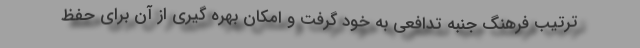
ترتیب فرهنگ جنبه تدافعی به خود گرفت و امکان بهره گیری از آن برای حفظ